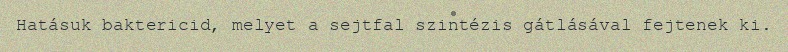
Hatásuk baktericid, melyet a sejtfal szintézis gátlásával fejtenek ki.